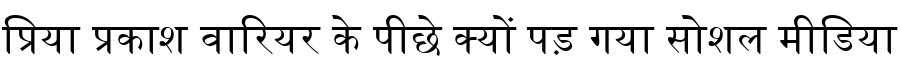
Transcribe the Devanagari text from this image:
प्रिया प्रकाश वारियर के पीछे क्यों पड़ गया सोशल मीडिया